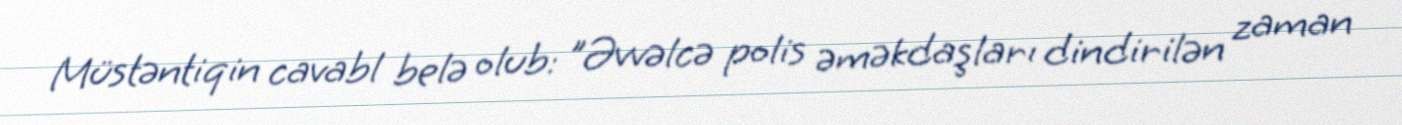
Müstəntiqin cavabl belə olub: "Əvvəlcə polis əməkdaşları dindirilən zaman